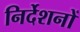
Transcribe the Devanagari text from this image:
निर्देशनों